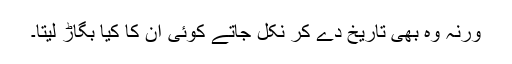
ورنہ وہ بھی تاریخ دے کر نکل جاتے کوئی ان کا کیا بگاڑ لیتا۔